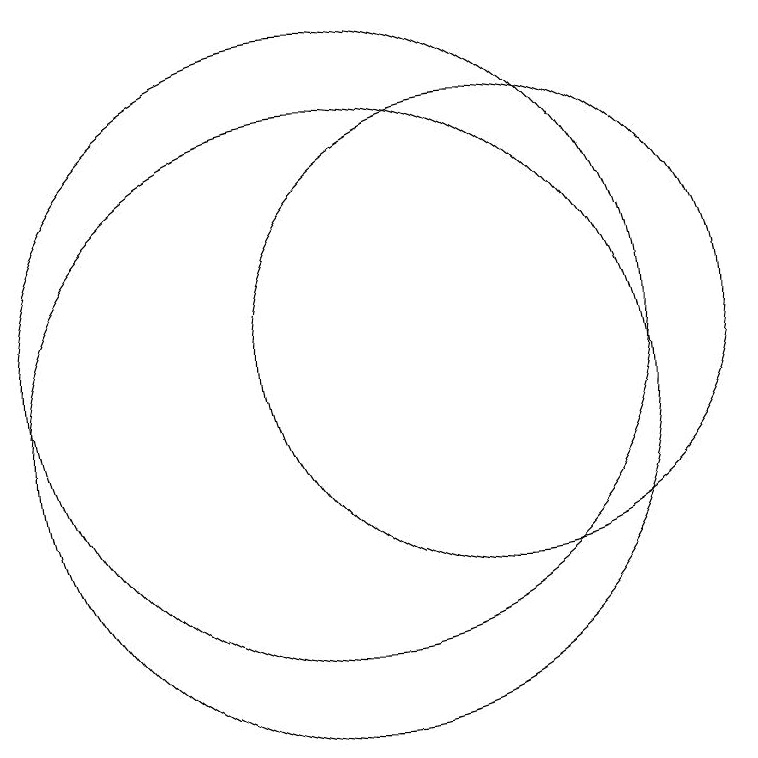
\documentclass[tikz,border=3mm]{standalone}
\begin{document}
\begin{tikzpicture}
\draw (12,12) circle (3);
\draw (10,12) circle (4);
\draw (10,11) circle (4);
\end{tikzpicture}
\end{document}